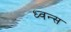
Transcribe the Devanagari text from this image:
ध्वन्स